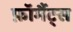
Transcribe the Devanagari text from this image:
फ़ॉर्मैट्स